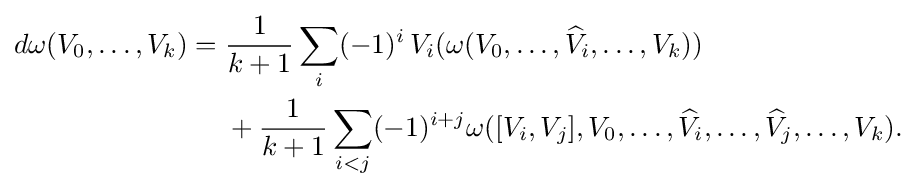
{\begin{aligned}d\omega (V_{0},\ldots ,V_{k})={}&{1 \over k+1}\sum _{i}(-1)^{i}\,V_{i}(\omega (V_{0},\ldots ,{\widehat {V}}_{i},\ldots ,V_{k}))\\&{}+{1 \over k+1}\sum _{i<j}(-1)^{i+j}\omega ([V_{i},V_{j}],V_{0},\ldots ,{\widehat {V}}_{i},\ldots ,{\widehat {V}}_{j},\ldots ,V_{k}).\end{aligned}}